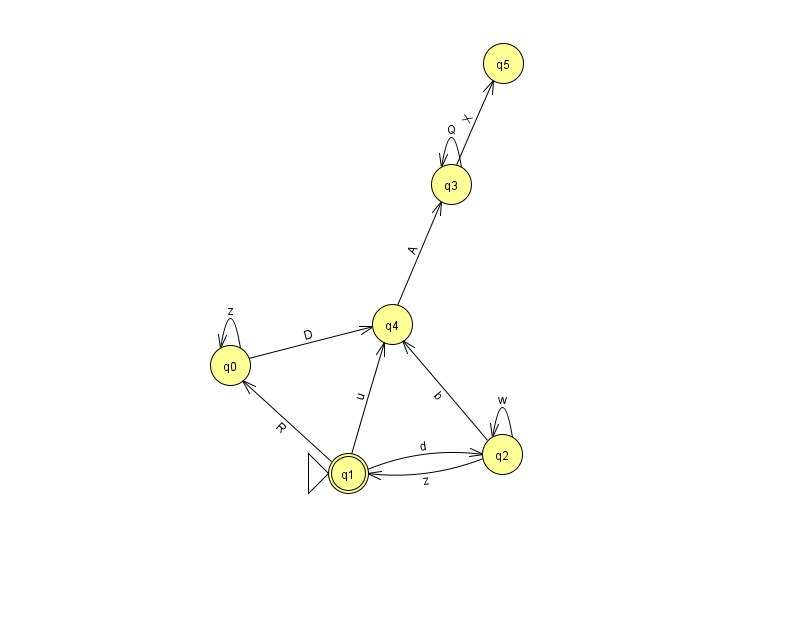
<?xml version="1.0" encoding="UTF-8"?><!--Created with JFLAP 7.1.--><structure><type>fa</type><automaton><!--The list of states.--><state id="0" name="q0"><x>230.0</x><y>352.0</y></state><state id="1" name="q1"><x>348.0</x><y>460.0</y><initial/><final/></state><state id="2" name="q2"><x>502.0</x><y>441.0</y></state><state id="3" name="q3"><x>451.0</x><y>171.0</y></state><state id="4" name="q4"><x>392.0</x><y>311.0</y></state><state id="5" name="q5"><x>503.0</x><y>50.0</y></state><!--The list of transitions.--><transition><from>0</from><to>4</to><read>D</read></transition><transition><from>2</from><to>4</to><read>b</read></transition><transition><from>3</from><to>3</to><read>Q</read></transition><transition><from>2</from><to>1</to><read>z</read></transition><transition><from>2</from><to>2</to><read>w</read></transition><transition><from>3</from><to>5</to><read>X</read></transition><transition><from>1</from><to>4</to><read>u</read></transition><transition><from>0</from><to>0</to><read>z</read></transition><transition><from>1</from><to>0</to><read>R</read></transition><transition><from>1</from><to>2</to><read>d</read></transition><transition><from>4</from><to>3</to><read>A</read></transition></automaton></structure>